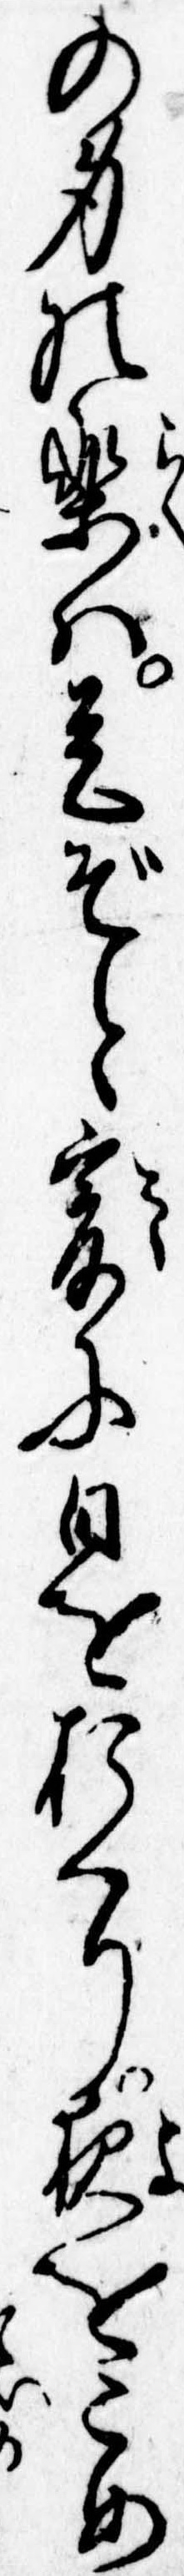
の身の楽は是ぞと爰に日をおくり夜をこめ